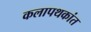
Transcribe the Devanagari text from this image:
कलापथकांत